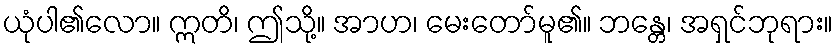
ယုံပါ၏လော။ ဣတိ၊ ဤသို့။ အာဟ၊ မေးတော်မူ၏။ ဘန္တေ၊ အရှင်ဘုရား။